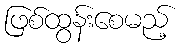
ဖြစ်ထွန်းစေမည့်